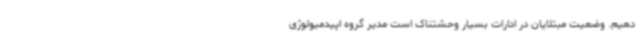
دهیم. وضعیت مبتلایان در ادارات بسیار وحشتناک است مدیر گروه اپیدمیولوژی